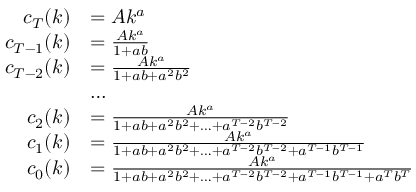
{ \begin{array} { r l } { c _ { T } ( k ) } & { = A k ^ { a } } \\ { c _ { T - 1 } ( k ) } & { = { \frac { A k ^ { a } } { 1 + a b } } } \\ { c _ { T - 2 } ( k ) } & { = { \frac { A k ^ { a } } { 1 + a b + a ^ { 2 } b ^ { 2 } } } } \\ & { \dots } \\ { c _ { 2 } ( k ) } & { = { \frac { A k ^ { a } } { 1 + a b + a ^ { 2 } b ^ { 2 } + \ldots + a ^ { T - 2 } b ^ { T - 2 } } } } \\ { c _ { 1 } ( k ) } & { = { \frac { A k ^ { a } } { 1 + a b + a ^ { 2 } b ^ { 2 } + \ldots + a ^ { T - 2 } b ^ { T - 2 } + a ^ { T - 1 } b ^ { T - 1 } } } } \\ { c _ { 0 } ( k ) } & { = { \frac { A k ^ { a } } { 1 + a b + a ^ { 2 } b ^ { 2 } + \ldots + a ^ { T - 2 } b ^ { T - 2 } + a ^ { T - 1 } b ^ { T - 1 } + a ^ { T } b ^ { T } } } } \end{array} }